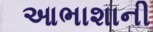
આભાશાની